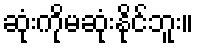
ဆုံးကိုမဆုံးနိုင်ဘူး။